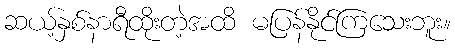
ဆယ့်နှစ်နာရီထိုးတဲ့အထိ မပြန်နိုင်ကြသေးဘူး။